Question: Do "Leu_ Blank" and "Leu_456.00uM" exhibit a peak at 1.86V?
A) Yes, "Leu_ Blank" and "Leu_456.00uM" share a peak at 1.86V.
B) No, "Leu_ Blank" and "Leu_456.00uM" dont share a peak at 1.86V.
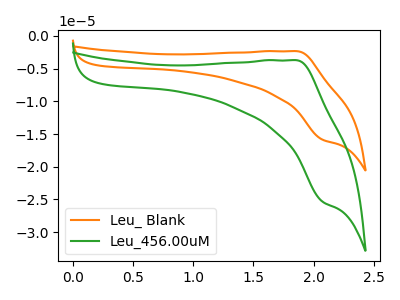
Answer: <think>The orange curve "Leu_ Blank" has an anodic peak at (1.85V, -2.30uA) and a cathodic peak at (2.05V, -15.85uA). The green curve "Leu_456.00uM" has an anodic peak at (1.85V, -3.70uA) and a cathodic peak at (2.05V, -25.35uA).</think>
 <answer>A) Yes, "Leu_ Blank" and "Leu_456.00uM" share a peak at 1.86V.</answer>
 <eval>A</eval>